Plague in India, 1896, 1897 - Volume 1
Year: 1896
Disease focus: Plague
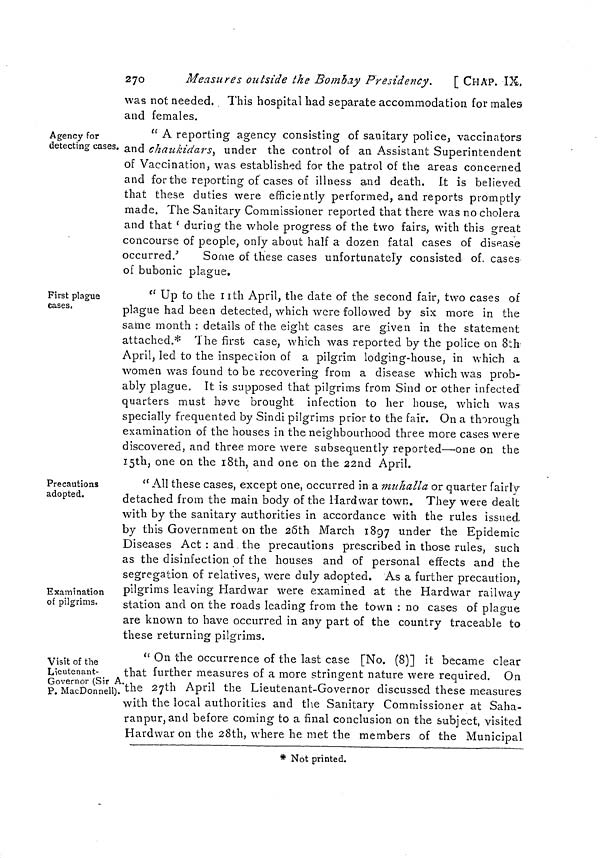
270
Measures outside the Bombay Presidency.
[ CHAP. IX,
was not needed. This hospital had separate accommodation for males
and females.
Agency for
detecting cases.
" A reporting agency consisting of sanitary police, vaccinators
and chaukidars, under the control of an Assistant Superintendent
of Vaccination, was established for the patrol of the areas concerned
and for the reporting of cases of illness and death. It is believed
that these duties were efficiently performed, and reports promptly
made. The Sanitary Commissioner reported that there was no cholera
and that 'during the whole progress of the two fairs, with this great
concourse of people, only about half a dozen fatal cases of disease
occurred.'
Some of these cases unfortunately consisted of. cases
of bubonic plague.
First plague
cases.
" Up to the 11th April, the date of the second fair, two cases of
plague had been detected, which were followed by six more in the
same month : details of the eight cases are given in the statement
attached.* The first case, which was reported by the police on 8th
April, led to the inspection of a pilgrim lodging-house, in which a
women was found to be recovering from a disease which was prob-
ably plague. It is supposed that pilgrims from Sind or other infected
quarters must have brought infection to her house, which was
specially frequented by Sindi pilgrims prior to the fair. On a thorough
examination of the houses in the neighbourhood three more cases were
discovered, and three more were subsequently reported—one on the
15th, one on the 18th, and one on the 22nd April.
Precautions
adopted.
Examination
of pilgrims.
" All these cases, except one, occurred in a muhalla or quarter fairly
detached from the main body of the Hard war town. They were dealt
with by the sanitary authorities in accordance with the rules issued
by this Government on the 25th March 1897 under the Epidemic
Diseases Act : and the precautions prescribed in those rules, such
as the disinfection of the houses and of personal effects and the
segregation of relatives, were duly adopted. As a further precaution,
pilgrims leaving Hardwar were examined at the Hardwar railway
station and on the roads leading from the town : no cases of plague
are known to have occurred in any part of the country traceable to
these returning pilgrims.
Visit of the
Lieutenant-
Governor (Sir A.
P. MacDonnell).
" On the occurrence of the last case [No. (8)] it became clear
that further measures of a more stringent nature were required. On
the 27th April the Lieutenant-Governor discussed these measures
with the local authorities and the Sanitary Commissioner at Saha-
ranpur, and before coming to a final conclusion on the subject, visited
Hardwar on the 28th, where he met the members of the Municipal
* Not printed.